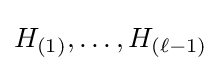
H_{(1)},\ldots ,H_{(\ell -1)}